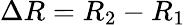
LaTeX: \Delta R=R_{2}-R_{1}